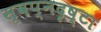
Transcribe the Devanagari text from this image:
स्‍वप्नदृष्‍टा